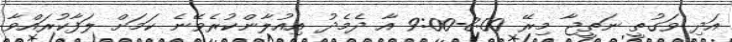
އަދި ވަގުތީ ނަތީޖާ މިރޭ 8:00-9:00 އާ ދެމެދު އިއުލާންކުރެވޭނެ ކަަމަށް ލަފާކުރައްވާ